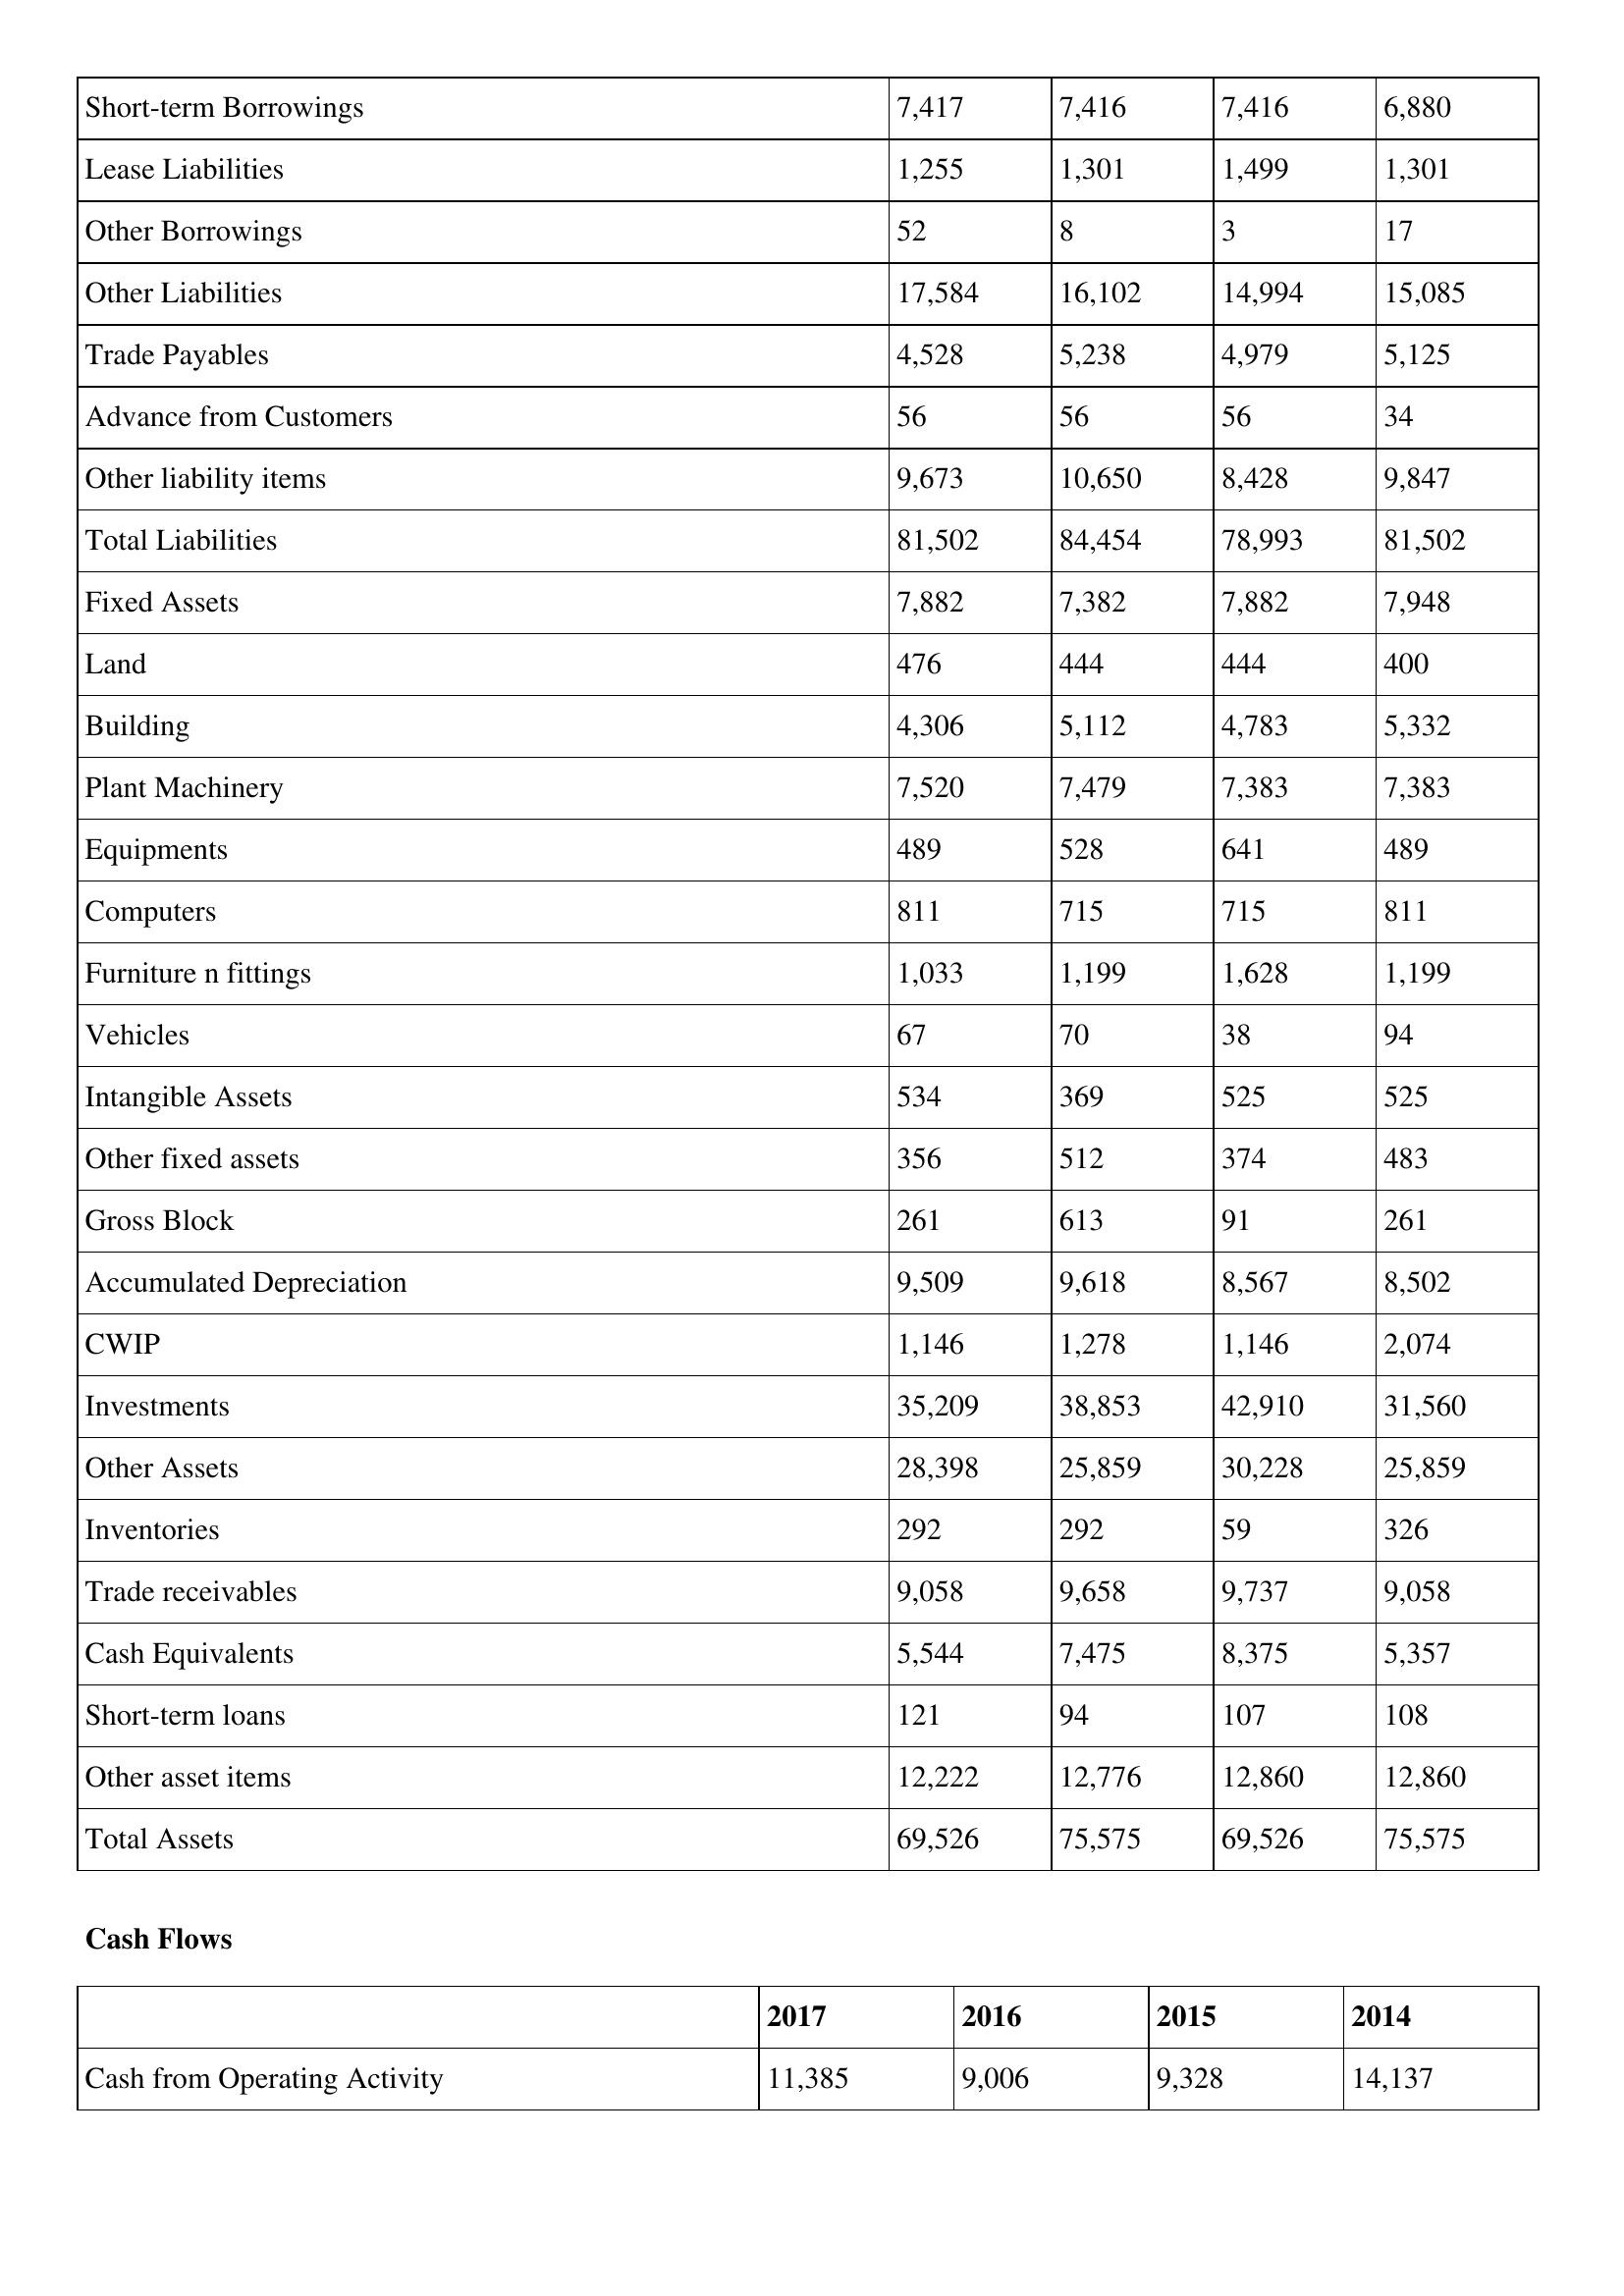
gt_parse: 2017: Balance Sheet: Short-term Borrowings: 7,417
Lease Liabilities: 1,255
Other Borrowings: 52
Other Liabilities: 17,584
Trade Payables: 4,528
Advance from Customers: 56
Other liability items: 9,673
Total Liabilities: 81,502
Fixed Assets: 7,882
Land: 476
Building: 4,306
Plant Machinery: 7,520
Equipments: 489
Computers: 811
Furniture n fittings: 1,033
Vehicles: 67
Intangible Assets: 534
Other fixed assets: 356
Gross Block: 261
Accumulated Depreciation: 9,509
CWIP: 1,146
Investments: 35,209
Other Assets: 28,398
Inventories: 292
Trade receivables: 9,058
Cash Equivalents: 5,544
Short-term loans: 121
Other asset items: 12,222
Total Assets: 69,526
Cash Flows: Cash from Operating Activity: 11,385
2016: Balance Sheet: Short-term Borrowings: 7,416
Lease Liabilities: 1,301
Other Borrowings: 8
Other Liabilities: 16,102
Trade Payables: 5,238
Advance from Customers: 56
Other liability items: 10,650
Total Liabilities: 84,454
Fixed Assets: 7,382
Land: 444
Building: 5,112
Plant Machinery: 7,479
Equipments: 528
Computers: 715
Furniture n fittings: 1,199
Vehicles: 70
Intangible Assets: 369
Other fixed assets: 512
Gross Block: 613
Accumulated Depreciation: 9,618
CWIP: 1,278
Investments: 38,853
Other Assets: 25,859
Inventories: 292
Trade receivables: 9,658
Cash Equivalents: 7,475
Short-term loans: 94
Other asset items: 12,776
Total Assets: 75,575
Cash Flows: Cash from Operating Activity: 9,006
2015: Balance Sheet: Short-term Borrowings: 7,416
Lease Liabilities: 1,499
Other Borrowings: 3
Other Liabilities: 14,994
Trade Payables: 4,979
Advance from Customers: 56
Other liability items: 8,428
Total Liabilities: 78,993
Fixed Assets: 7,882
Land: 444
Building: 4,783
Plant Machinery: 7,383
Equipments: 641
Computers: 715
Furniture n fittings: 1,628
Vehicles: 38
Intangible Assets: 525
Other fixed assets: 374
Gross Block: 91
Accumulated Depreciation: 8,567
CWIP: 1,146
Investments: 42,910
Other Assets: 30,228
Inventories: 59
Trade receivables: 9,737
Cash Equivalents: 8,375
Short-term loans: 107
Other asset items: 12,860
Total Assets: 69,526
Cash Flows: Cash from Operating Activity: 9,328
2014: Balance Sheet: Short-term Borrowings: 6,880
Lease Liabilities: 1,301
Other Borrowings: 17
Other Liabilities: 15,085
Trade Payables: 5,125
Advance from Customers: 34
Other liability items: 9,847
Total Liabilities: 81,502
Fixed Assets: 7,948
Land: 400
Building: 5,332
Plant Machinery: 7,383
Equipments: 489
Computers: 811
Furniture n fittings: 1,199
Vehicles: 94
Intangible Assets: 525
Other fixed assets: 483
Gross Block: 261
Accumulated Depreciation: 8,502
CWIP: 2,074
Investments: 31,560
Other Assets: 25,859
Inventories: 326
Trade receivables: 9,058
Cash Equivalents: 5,357
Short-term loans: 108
Other asset items: 12,860
Total Assets: 75,575
Cash Flows: Cash from Operating Activity: 14,137